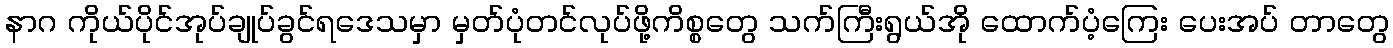
နာဂ ကိုယ်ပိုင်အုပ်ချုပ်ခွင်ရဒေသမှာ မှတ်ပုံတင်လုပ်ဖို့ကိစ္စတွေ သက်ကြီးရွယ်အို ထောက်ပံ့ကြေး ပေးအပ် တာတွေ